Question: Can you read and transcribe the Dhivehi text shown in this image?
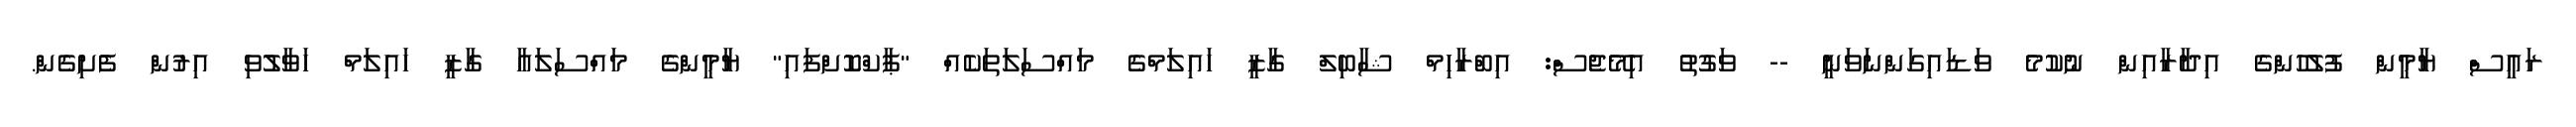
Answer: ރައީސް ޔާމީން ފުލުހުންގެ އިދާރާއިން ނުކުމެ ވަޑައިގަންނަވަނީ -- ވަގުތު އިމޭޖެސް: އިބްރާހިމް ޝާބިލް ގާޒީ ހައިލަމްގެ މައްސަލަތަކެއް "ޕާކްކޮށްފައި" ޔާމީންގެ މައްސަލައާ ގާޒީ ހައިލަމް ހަވާލުވި އިރުން ފެށިގެން.